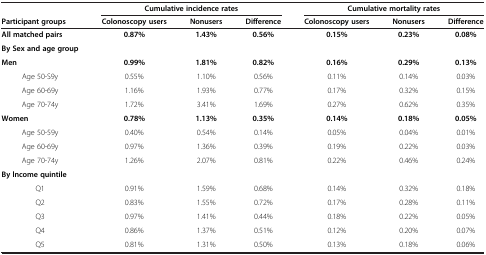
<table><thead><tr><td><b> </b></td><td colspan="3"><b>Cumulative incidence rates</b></td><td colspan="3"><b>Cumulative mortality rates</b></td></tr><tr><td><b>Participant groups</b></td><td><b>Colonoscopy users</b></td><td><b>Nonusers</b></td><td><b>Difference</b></td><td><b>Colonoscopy users</b></td><td><b>Nonusers</b></td><td><b>Difference</b></td></tr></thead><tbody><tr><td><b>All matched pairs</b></td><td><b>0.87%</b></td><td><b>1.43%</b></td><td><b>0.56%</b></td><td><b>0.15%</b></td><td><b>0.23%</b></td><td><b>0.08%</b></td></tr><tr><td><b>By Sex and age group</b></td><td> </td><td> </td><td> </td><td> </td><td> </td><td> </td></tr><tr><td><b>Men</b></td><td><b>0.99%</b></td><td><b>1.81%</b></td><td><b>0.82%</b></td><td><b>0.16%</b></td><td><b>0.29%</b></td><td><b>0.13%</b></td></tr><tr><td>Age 50-S9y</td><td>0.55%</td><td>1.10%</td><td>0.56%</td><td>0.11%</td><td>0.14%</td><td>0.03%</td></tr><tr><td>Age 60-69y</td><td>1.16%</td><td>1.93%</td><td>0.77%</td><td>0.17%</td><td>0.32%</td><td>0.15%</td></tr><tr><td>Age 70-74y</td><td>1.72%</td><td>3.41%</td><td>1.69%</td><td>0.27%</td><td>0.62%</td><td>0.35%</td></tr><tr><td><b>Women</b></td><td><b>0.78%</b></td><td><b>1.13%</b></td><td><b>0.35%</b></td><td><b>0.14%</b></td><td><b>0.18%</b></td><td><b>0.05%</b></td></tr><tr><td>Age 50-59y</td><td>0.40%</td><td>0.54%</td><td>0.14%</td><td>0.05%</td><td>0.04%</td><td>0.01%</td></tr><tr><td>Age 60-69y</td><td>0.97%</td><td>1.36%</td><td>0.39%</td><td>0.19%</td><td>0.22%</td><td>0.03%</td></tr><tr><td>Age 70-74y</td><td>1.26%</td><td>2.07%</td><td>0.81%</td><td>0.22%</td><td>0.46%</td><td>0.24%</td></tr><tr><td><b>By lncome quintile</b></td><td> </td><td> </td><td> </td><td> </td><td> </td><td> </td></tr><tr><td>Q1</td><td>0.91%</td><td>1.59%</td><td>0.68%</td><td>0.14%</td><td>0.32%</td><td>0.18%</td></tr><tr><td>Q2</td><td>0.83%</td><td>1.55%</td><td>0.72%</td><td>0.17%</td><td>0.28%</td><td>0.11%</td></tr><tr><td>Q3</td><td>0.97%</td><td>1.41%</td><td>0.44%</td><td>0.18%</td><td>0.22%</td><td>0.05%</td></tr><tr><td>Q4</td><td>0.86%</td><td>1.37%</td><td>0.51%</td><td>0.12%</td><td>0.20%</td><td>0.07%</td></tr><tr><td>Q5</td><td>0.81%</td><td>1.31%</td><td>0.50%</td><td>0.13%</td><td>0.18%</td><td>0.06%</td></tr></tbody></table>